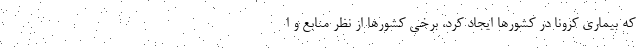
که بیماری کرونا در کشورها ایجاد کرد، برخی کشورها از نظر منابع و ا